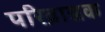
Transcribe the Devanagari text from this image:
परिव्राज्जक